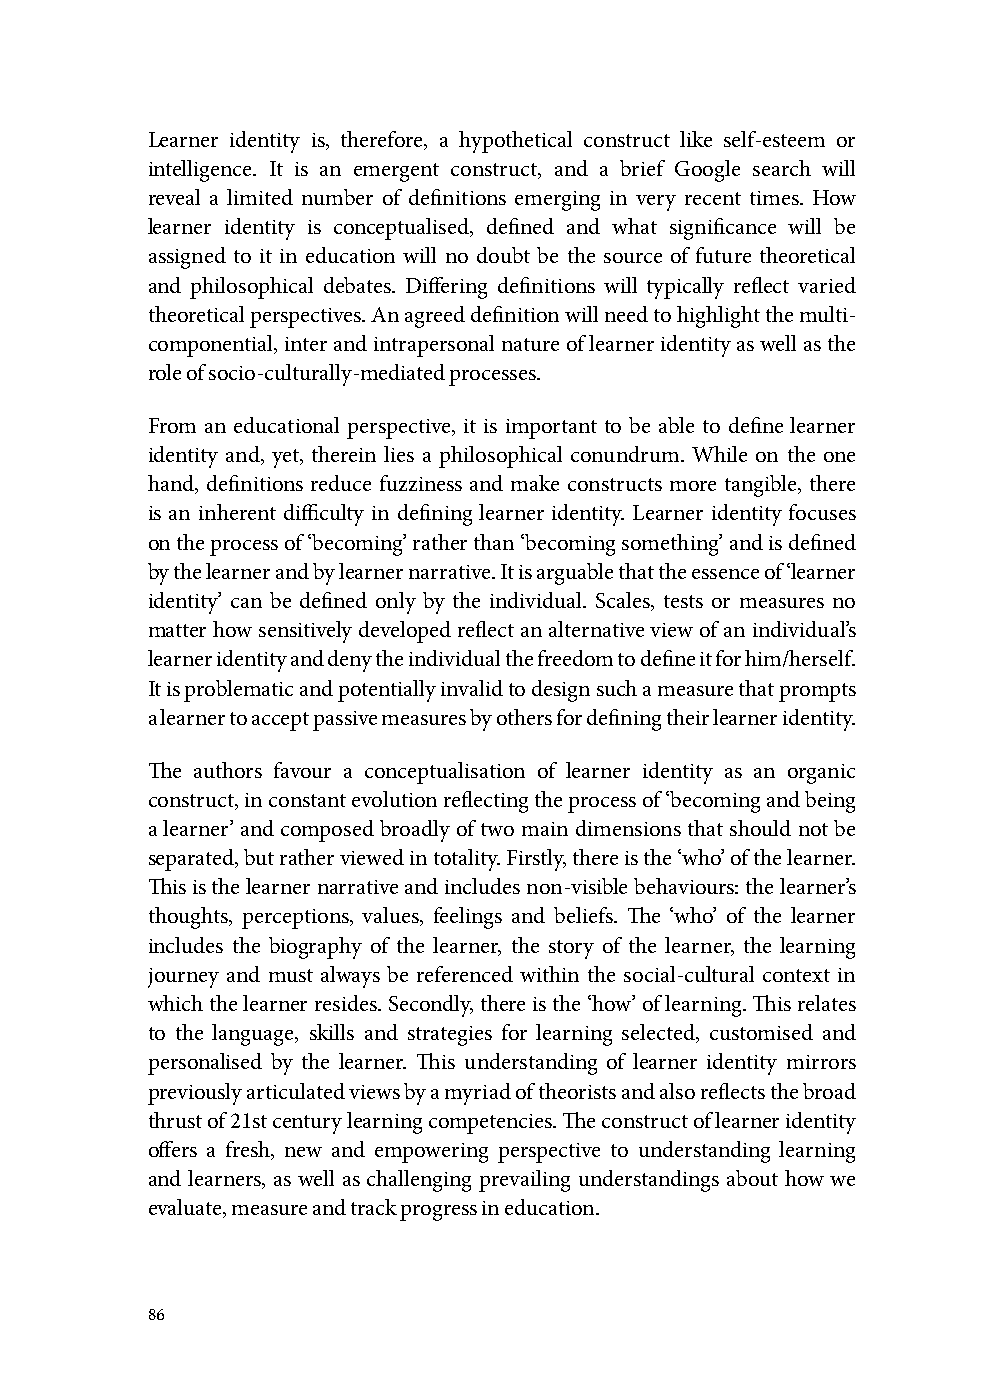
Learner identity is, therefore, a hypothetical construct like self-esteem or
 intelligence. It is an emergent construct, and a brief Google search will
 reveal a limited number of definitions emerging in very recent times. How
 learner identity is conceptualised, defined and what significance will be
 assigned to it in education will no doubt be the source of future theoretical
 and philosophical debates. Differing definitions will typically reflect varied
 theoretical perspectives. An agreed definition will need to highlight the multi-
 componential, inter and intrapersonal nature of learner identity as well as the
 role of socio-culturally-mediated processes.
 From an educational perspective, it is important to be able to define learner
 identity and, yet, therein lies a philosophical conundrum. While on the one
 hand, definitions reduce fuzziness and make constructs more tangible, there
 is an inherent difficulty in defining learner identity. Learner identity focuses
 on the process of ‘becoming’ rather than ‘becoming something’ and is defined
 by the learner and by learner narrative. It is arguable that the essence of ‘learner
 identity’ can be defined only by the individual. Scales, tests or measures no
 matter how sensitively developed reflect an alternative view of an individual’s
 learner identity and deny the individual the freedom to define it for him/herself.
 It is problematic and potentially invalid to design such a measure that prompts
 a learner to accept passive measures by others for defining their learner identity.
 The authors favour a conceptualisation of learner identity as an organic
 construct, in constant evolution reflecting the process of ‘becoming and being
 a learner’ and composed broadly of two main dimensions that should not be
 separated, but rather viewed in totality. Firstly, there is the ‘who’ of the learner.
 This is the learner narrative and includes non-visible behaviours: the learner’s
 thoughts, perceptions, values, feelings and beliefs. The ‘who’ of the learner
 includes the biography of the learner, the story of the learner, the learning
 journey and must always be referenced within the social-cultural context in
 which the learner resides. Secondly, there is the ‘how’ of learning. This relates
 to the language, skills and strategies for learning selected, customised and
 personalised by the learner. This understanding of learner identity mirrors
 previously articulated views by a myriad of theorists and also reflects the broad
 thrust of 21st century learning competencies. The construct of learner identity
 offers a fresh, new and empowering perspective to understanding learning
 and learners, as well as challenging prevailing understandings about how we
 evaluate, measure and track progress in education.
 86